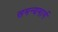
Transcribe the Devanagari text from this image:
समन्यमार्ग